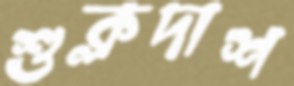
শুক্লদাশ